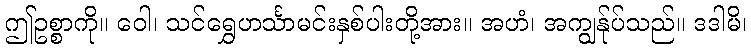
ဤဥစ္စာကို။ ဝေါ၊ သင်ရွှေဟင်္သာမင်းနှစ်ပါးတို့အား။ အဟံ၊ အကျွန်ုပ်သည်။ ဒဒါမိ၊